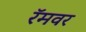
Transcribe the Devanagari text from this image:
रॅमवर